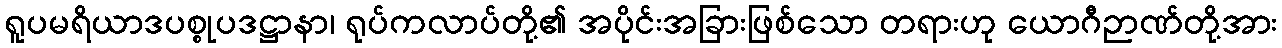
ရူပမရိယာဒပစ္စုပဒဋ္ဌာနာ၊ ရုပ်ကလာပ်တို့၏ အပိုင်းအခြားဖြစ်သော တရားဟု ယောဂီဉာဏ်တို့အား